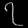
Digit: ၇